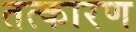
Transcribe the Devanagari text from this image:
तत्कारण